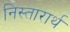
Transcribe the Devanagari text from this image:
निस्तारार्थ